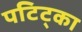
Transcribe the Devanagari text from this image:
पटिट्का